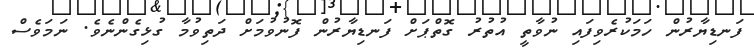
ފަނޑިޔާރުން ހަމަކުރެވިފައި ނުވާތީ އުތުރު ގޮތްޕަށް ފަނޑިޔާރުން ފޮނުވުމަށް ދަތިވުމާ ގުޅިގެންނެވެ. ނަމަވެސް